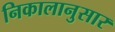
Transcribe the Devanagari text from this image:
निकालानुसार